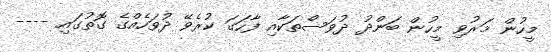
މީހުން މަރުވި މީހުން ބަންދު ދުވަސްތަކާއި ފާހަގަ ކުރެވޭ ދުވަހެއްގެ ގޮތުގައި ----